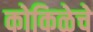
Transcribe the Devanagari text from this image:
कोकिळेचे